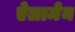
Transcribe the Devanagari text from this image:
ऐलामेन